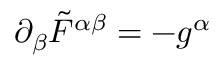
\partial _ { \beta } \tilde { F } ^ { \alpha \beta } = - g ^ { \alpha }